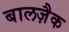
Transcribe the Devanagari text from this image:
बालज़ैक